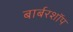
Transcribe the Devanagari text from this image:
बार्बरशॉप